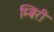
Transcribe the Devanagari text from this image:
म्बिरी